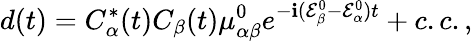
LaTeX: d(t)=C_{\alpha}^{\ast}(t)C_{\beta}(t)\mu_{\alpha\beta}^{0}e^{-\mathbf{i}(\mathcal{{E}}_{\beta}^{0}-\mathcal{{E}}_{\alpha}^{0})t}+c.c.,